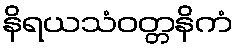
နိရယသံဝတ္တနိကံ